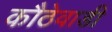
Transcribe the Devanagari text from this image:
कौठेवाडी